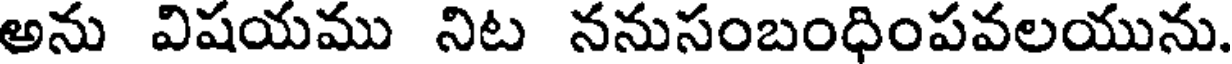
అను విషయము నిట ననుసంబంధింపవలయును.